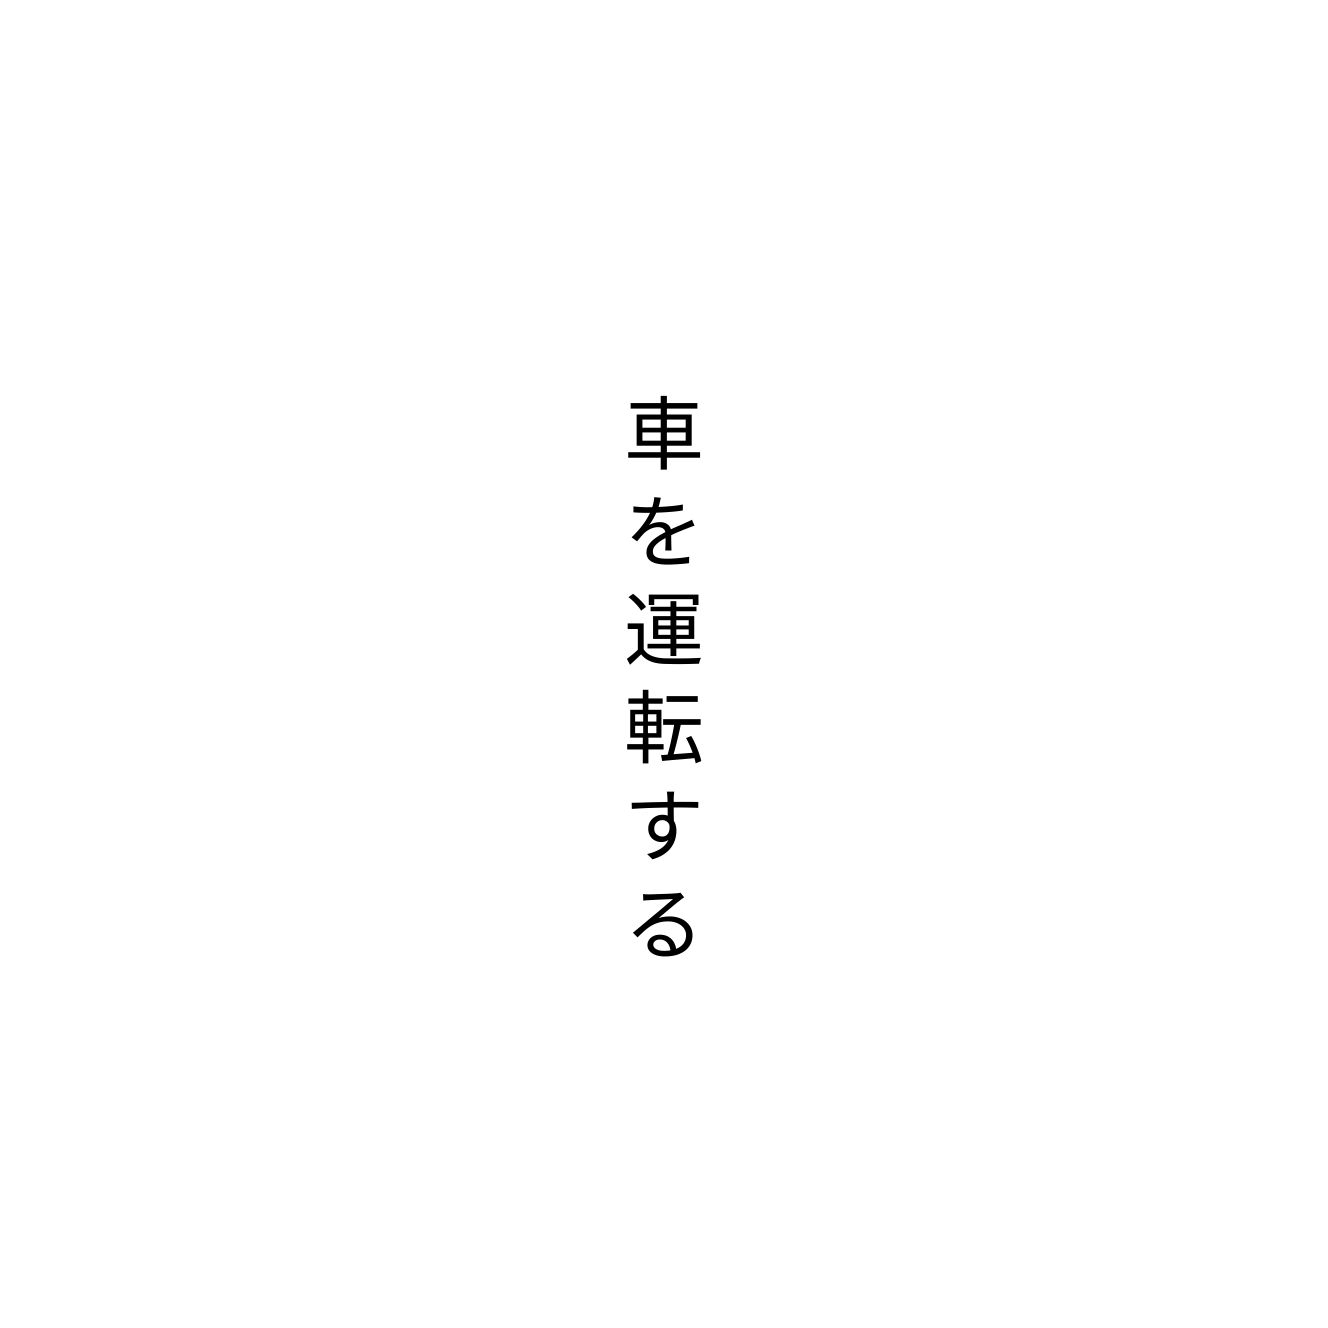
車を運転する